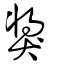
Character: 獎